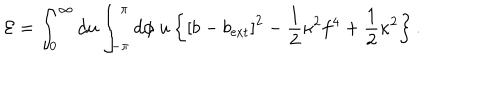
LaTeX: { \cal E } = \int _ { 0 } ^ { \infty } d u \int _ { - \pi } ^ { \pi } d \phi \ u \left\{ \left[ b - b _ { \mathrm { e x t } } \right] ^ { 2 } - \frac { 1 } { 2 } \kappa ^ { 2 } f ^ { 4 } + \frac { 1 } { 2 } \kappa ^ { 2 } \right\} .